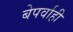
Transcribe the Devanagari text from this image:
बेपर्वाही